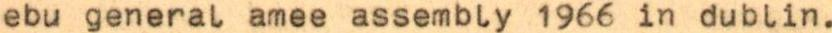
ebu general amee assembly 1966 in dublin.